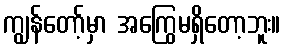
ကျွန်တော့်မှာ အကြွေမရှိတော့ဘူး။